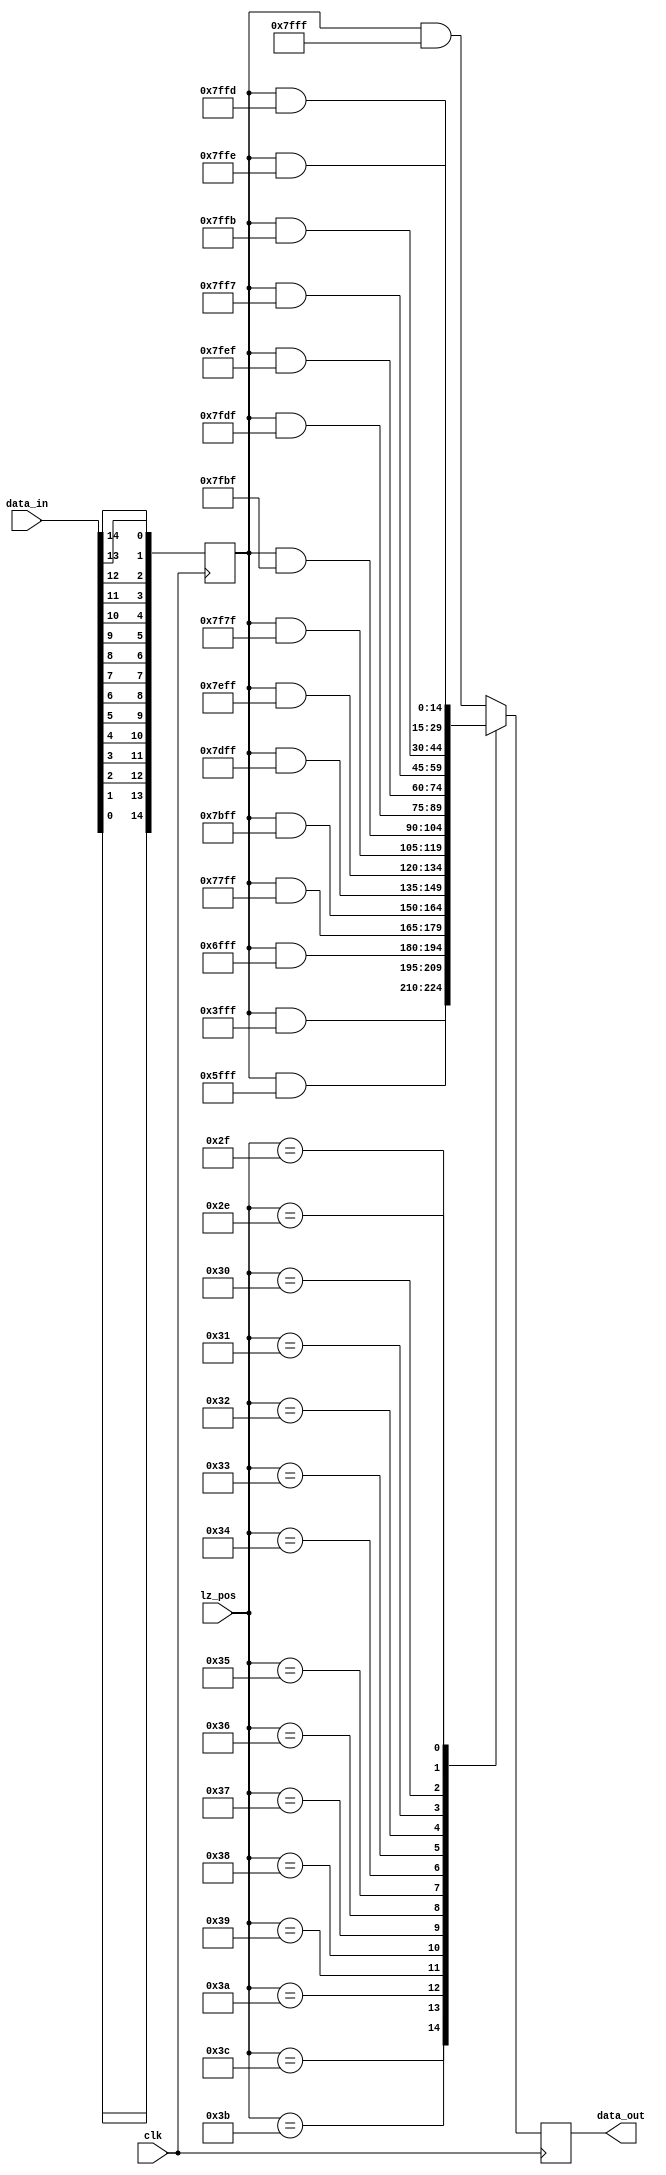
module mask_to_zero(
    input clk,
    input [14:0] data_in,
    input [5:0] lz_pos,
    output [14:0] data_out
    );
    wire [14:0] data_in_rev;
    reg [14:0] data_in_r = 15'd0;
    reg [14:0] data = 15'd0;
    
    assign data_in_rev = {data_in[0], data_in[1], data_in[2], data_in[3], data_in[4],
                  data_in[5], data_in[6], data_in[7], data_in[8], data_in[9],
                  data_in[10], data_in[11], data_in[12], data_in[13], data_in[14]};
                  
    always @ (posedge clk) begin
        data_in_r <= data_in_rev;
        case (lz_pos)
            6'd61:   data <= data_in_r & 15'b111111111111111;
            6'd60:   data <= data_in_r & 15'b011111111111111;
            6'd59:   data <= data_in_r & 15'b101111111111111;
            6'd58:   data <= data_in_r & 15'b110111111111111;
            6'd57:   data <= data_in_r & 15'b111011111111111;
            6'd56:   data <= data_in_r & 15'b111101111111111;
            6'd55:   data <= data_in_r & 15'b111110111111111;
            6'd54:   data <= data_in_r & 15'b111111011111111;
            6'd53:   data <= data_in_r & 15'b111111101111111;
            6'd52:   data <= data_in_r & 15'b111111110111111;
            6'd51:   data <= data_in_r & 15'b111111111011111;
            6'd50:   data <= data_in_r & 15'b111111111101111;
            6'd49:   data <= data_in_r & 15'b111111111110111;
            6'd48:   data <= data_in_r & 15'b111111111111011;
            6'd47:   data <= data_in_r & 15'b111111111111101;
            6'd46:   data <= data_in_r & 15'b111111111111110;
            default: data <= data_in_r & 15'b111111111111111;
        endcase
    end
    
    assign data_out = data;
endmodule